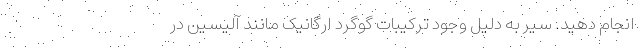
انجام دهید. سیر به دلیل وجود ترکیبات گوگرد ارگانیک مانند آلیسین در